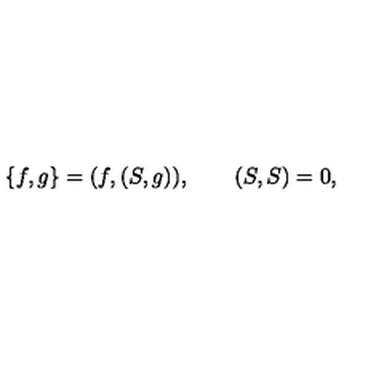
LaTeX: \{ f , g \} = ( f , ( S , g ) ) , \qquad ( S , S ) = 0 ,